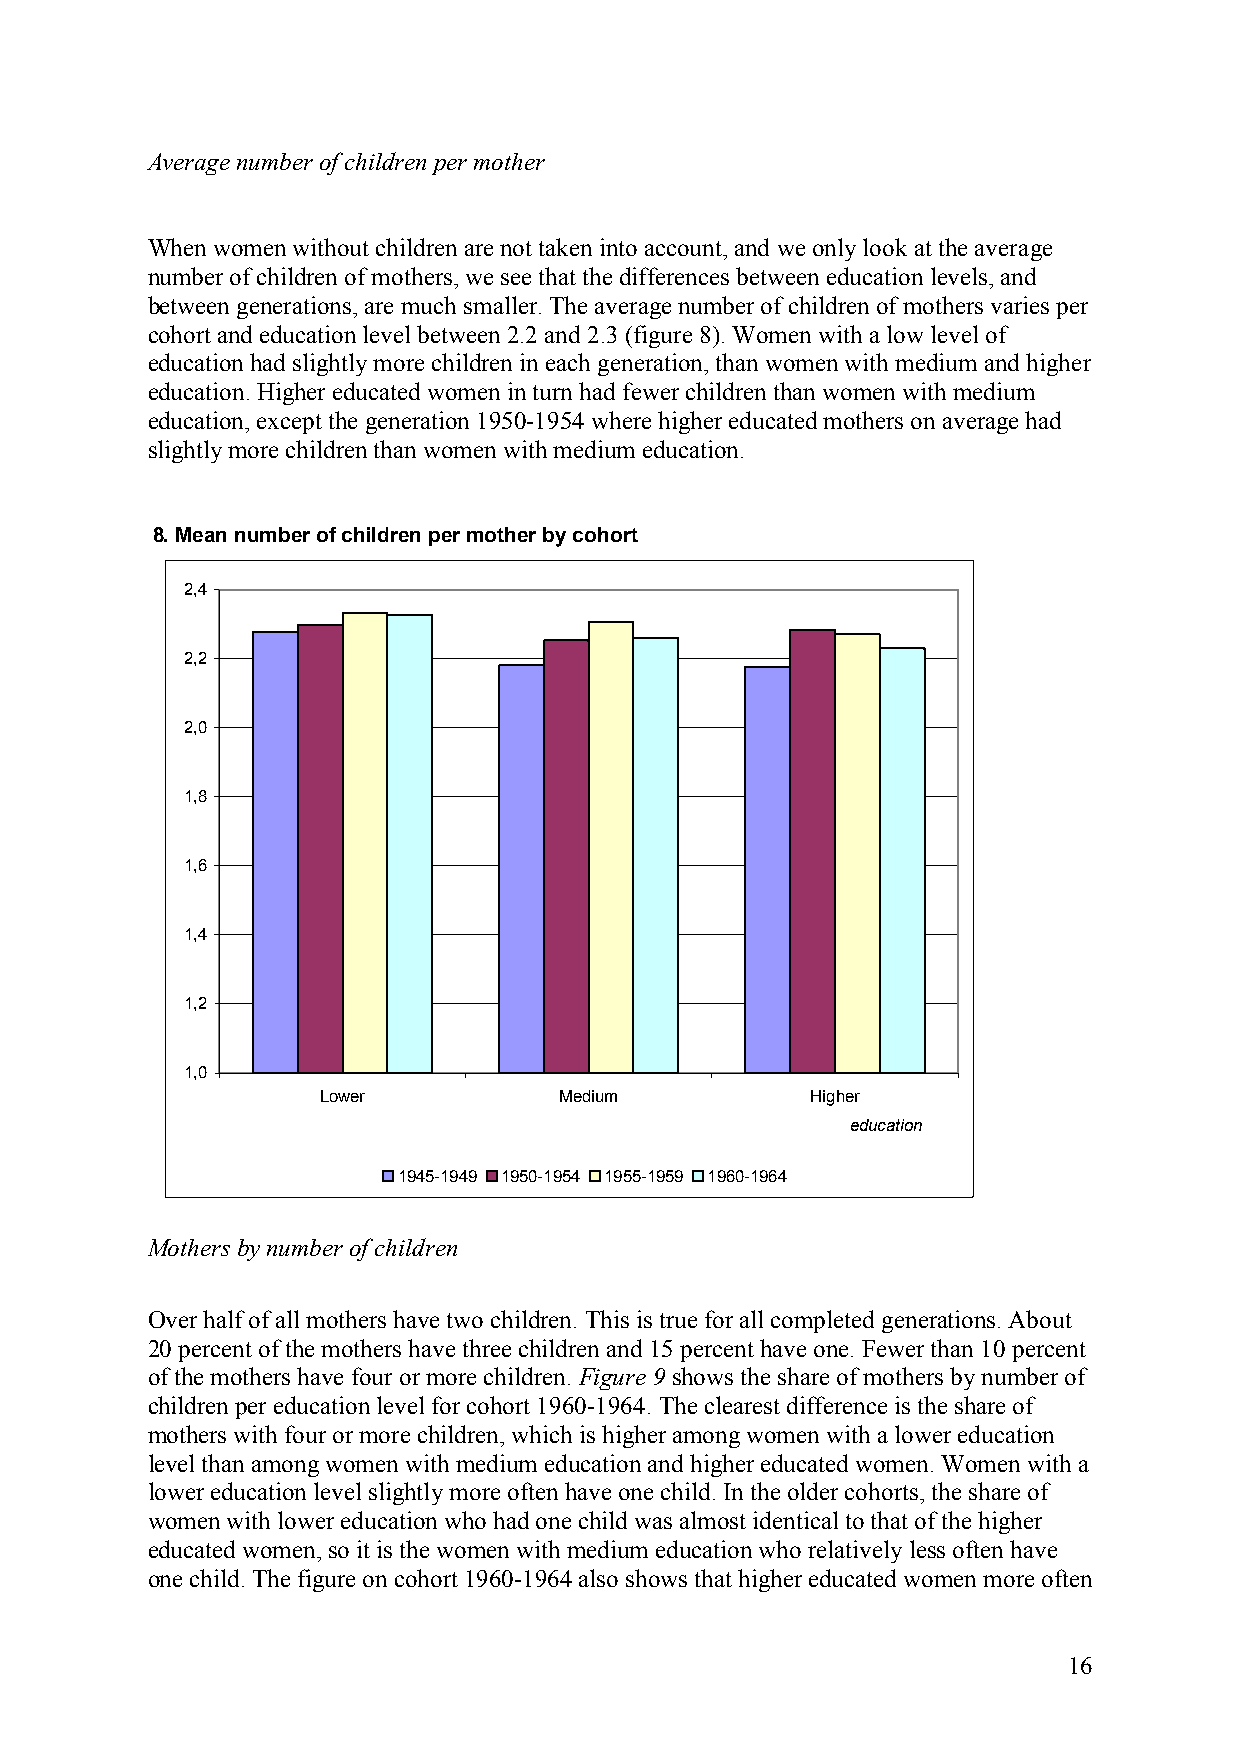
Average number of children per mother
 When women without children are not taken into account, and we only look at the average
 number of children of mothers, we see that the differences between education levels, and
 between generations, are much smaller. The average number of children of mothers varies per
 cohort and education level between 2.2 and 2.3 (figure 8). Women with a low level of
 education had slightly more children in each generation, than women with medium and higher
 education. Higher educated women in turn had fewer children than women with medium
 education, except the generation 1950-1954 where higher educated mothers on average had
 slightly more children than women with medium education.
 8. Mean number of children per mother by cohort
 2,4
 2,2
 2,0
 1,8
 1,6
 1,4
 1,2
 1,0
 Lower           Medium           Higher
 education
 1945-1949 1950-1954 1955-1959 1960-1964
 Mothers by number of children
 Over half of all mothers have two children. This is true for all completed generations. About
 20 percent of the mothers have three children and 15 percent have one. Fewer than 10 percent
 of the mothers have four or more children. Figure 9 shows the share of mothers by number of
 children per education level for cohort 1960-1964. The clearest difference is the share of
 mothers with four or more children, which is higher among women with a lower education
 level than among women with medium education and higher educated women. Women with a
 lower education level slightly more often have one child. In the older cohorts, the share of
 women with lower education who had one child was almost identical to that of the higher
 educated women, so it is the women with medium education who relatively less often have
 one child. The figure on cohort 1960-1964 also shows that higher educated women more often
 16